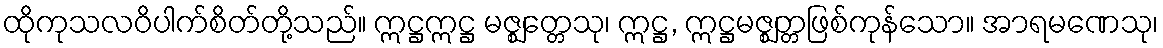
ထိုကုသလဝိပါက်စိတ်တို့သည်။ ဣဋ္ဌဣဋ္ဌ မဇ္ဈတ္တေသု၊ ဣဋ္ဌ, ဣဋ္ဌမဇ္ဈတ္တဖြစ်ကုန်သော။ အာရမဏေသု၊